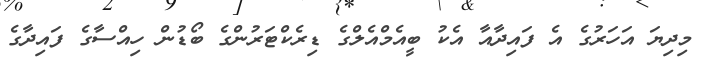
މިދިޔަ އަހަރުގެ އެ ފައިދާއާ އެކު ބީއެމްއެލްގެ ޑިރެކްޓަރުންގެ ބޯޑުން ހިއްސާގެ ފައިދާގެ